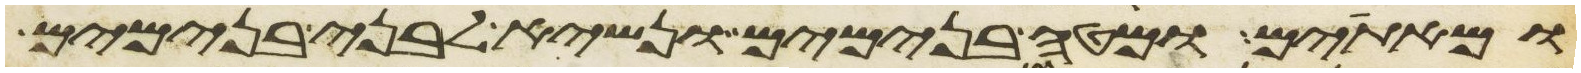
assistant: ומאתים ומטה בנימים ונשיא לבני בנימים